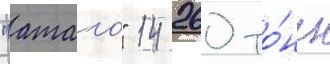
"атаго" 14 260 то́нн